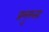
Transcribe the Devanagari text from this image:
प्रमुख्ता